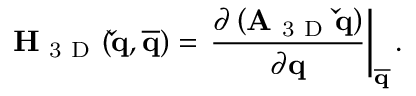
\mathbf { H } _ { \mathrm { ~ 3 ~ D ~ } } ( \mathbf { \check { q } } , \mathbf { \overline { { q } } } ) = \left. \frac { \partial \left( \mathbf { A } _ { \mathrm { ~ 3 ~ D ~ } } \mathbf { \check { q } } \right) } { \partial \mathbf { q } } \right| _ { \mathbf { \overline { { q } } } } .